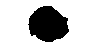
.